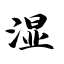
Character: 湿